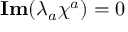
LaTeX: { \bf I m } ( \lambda _ { a } \chi ^ { a } ) = 0